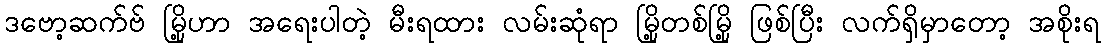
ဒဗော့ဆက်ဗ် မြို့ဟာ အရေးပါတဲ့ မီးရထား လမ်းဆုံရာ မြို့တစ်မြို့ ဖြစ်ပြီး လက်ရှိမှာတော့ အစိုးရ